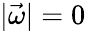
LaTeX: |\vec{\omega}|=0